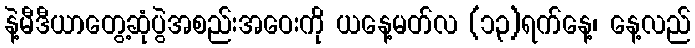
နဲ့မီဒီယာတွေ့ဆုံပွဲအစည်းအဝေးကို ယနေ့မတ်လ (၁၃)ရက်နေ့၊ နေ့လည်